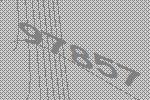
97857